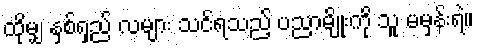
ထိုမျှ နှစ်ရှည် လများ သင်ရသည့် ပညာမျိုးကို သူ မမှန်းရဲ။